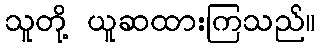
သူတို့ ယူဆထားကြသည်။